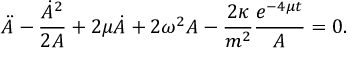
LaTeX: \ddot { A } - \frac { \dot { A } ^ { 2 } } { 2 A } + 2 \mu \dot { A } + 2 \omega ^ { 2 } A - \frac { 2 \kappa } { m ^ { 2 } } \frac { e ^ { - 4 \mu t } } { A } = 0 .